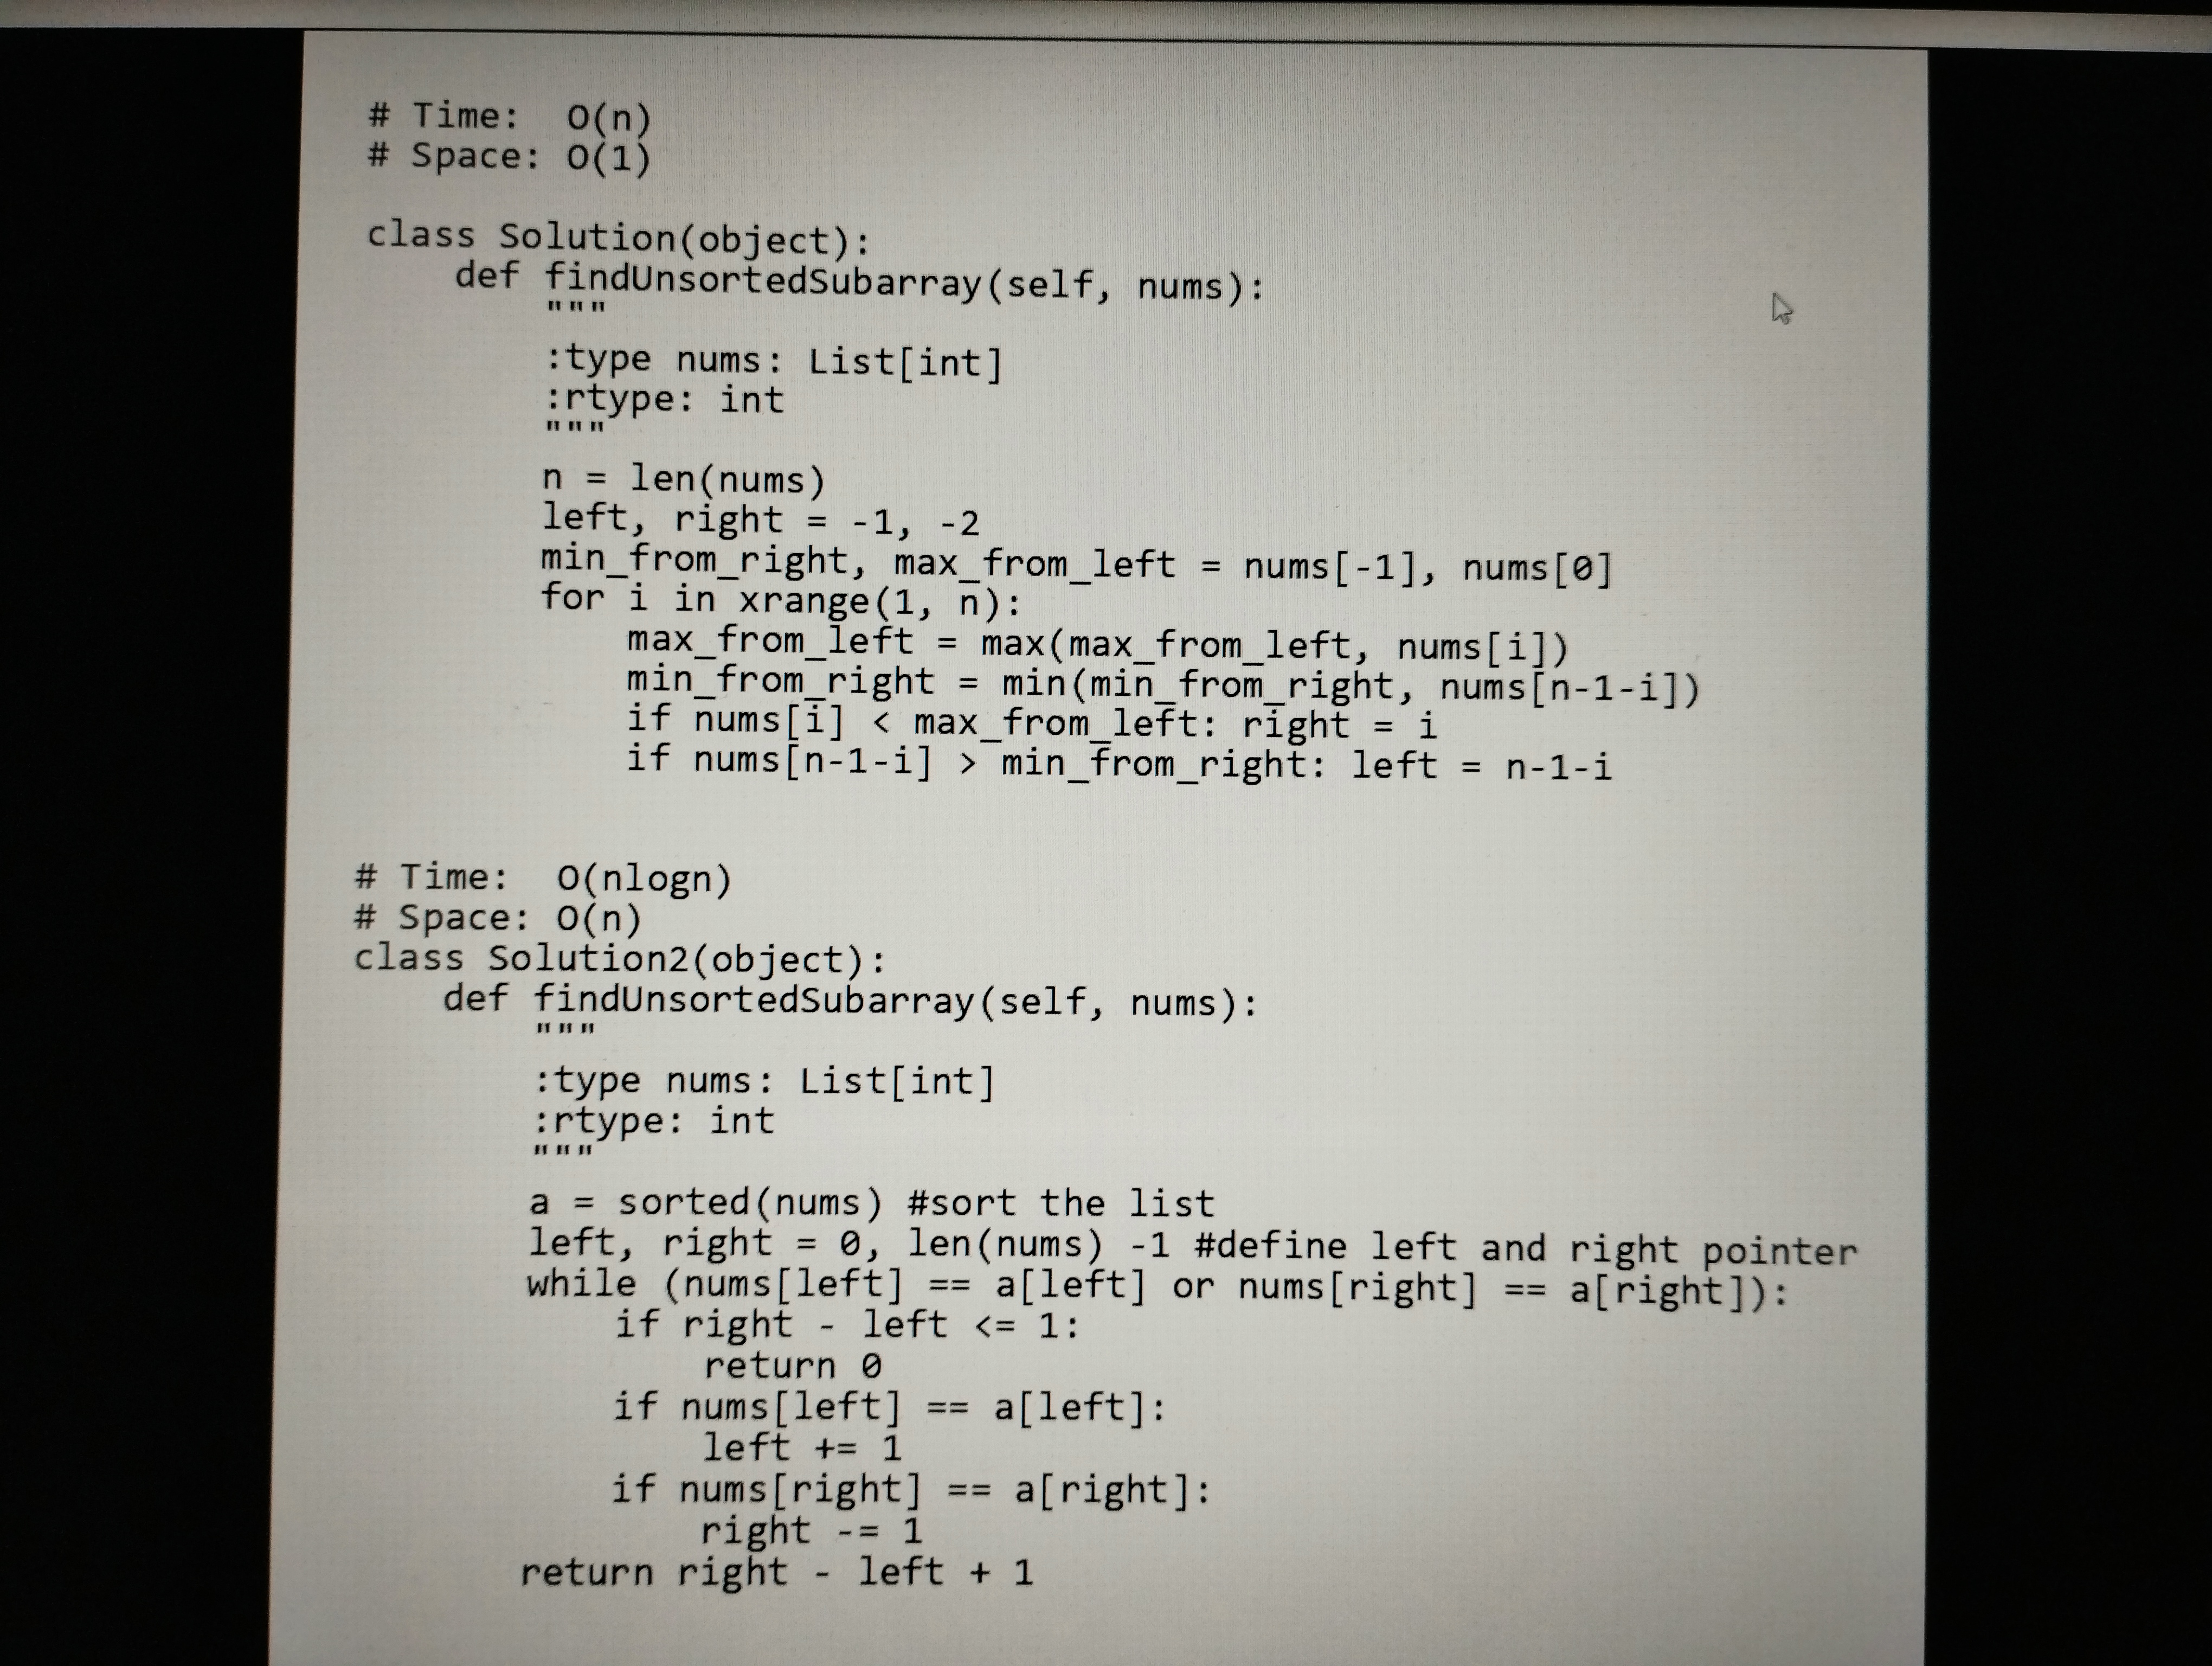
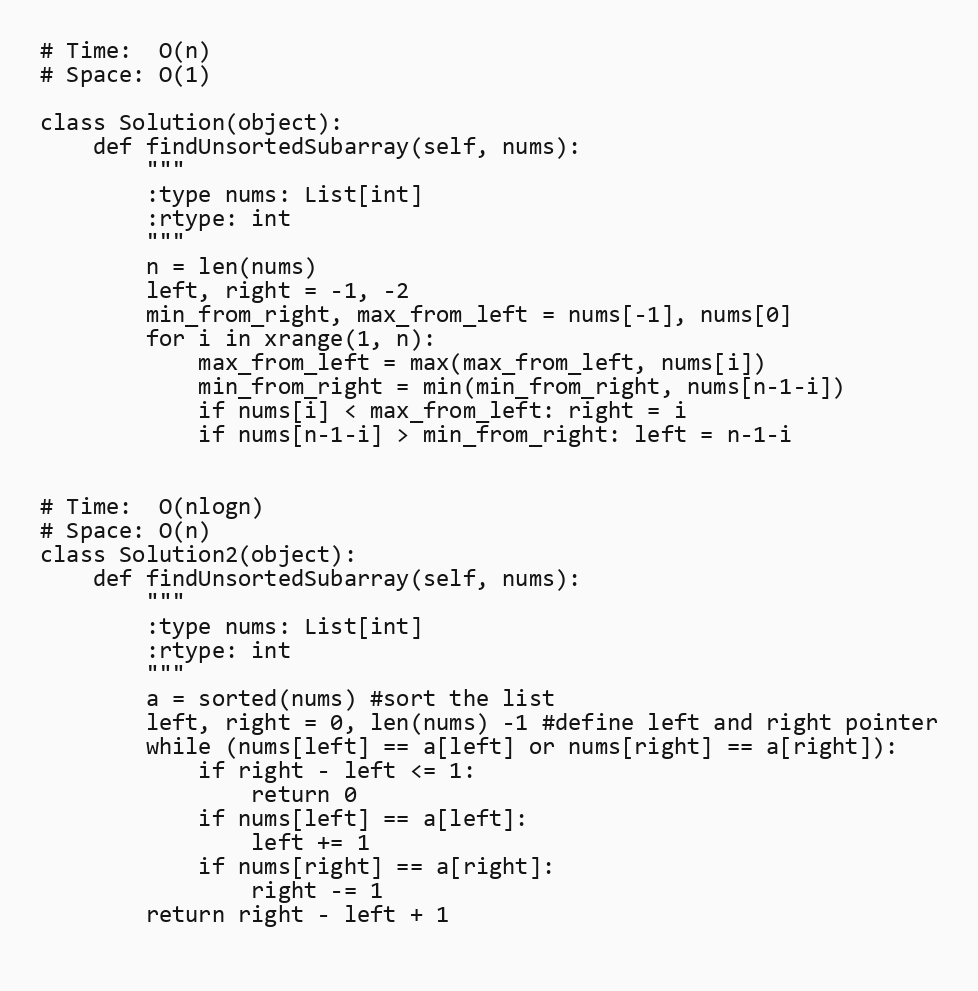
# Time:  O(n)
# Space: O(1)

class Solution(object):
    def findUnsortedSubarray(self, nums):
        """
        :type nums: List[int]
        :rtype: int
        """
        n = len(nums)
        left, right = -1, -2
        min_from_right, max_from_left = nums[-1], nums[0]
        for i in xrange(1, n):
            max_from_left = max(max_from_left, nums[i])
            min_from_right = min(min_from_right, nums[n-1-i])
            if nums[i] < max_from_left: right = i
            if nums[n-1-i] > min_from_right: left = n-1-i

# Time:  O(nlogn)
# Space: O(n)
class Solution2(object):
    def findUnsortedSubarray(self, nums):
        """
        :type nums: List[int]
        :rtype: int
        """
        a = sorted(nums) #sort the list
        left, right = 0, len(nums) -1 #define left and right pointer
        while (nums[left] == a[left] or nums[right] == a[right]):
            if right - left <= 1:
                return 0
            if nums[left] == a[left]:
                left += 1
            if nums[right] == a[right]:
                right -= 1
        return right - left + 1